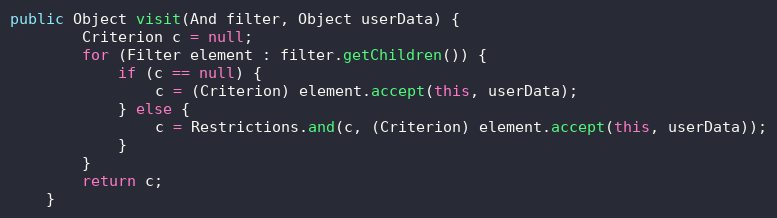
Language: Java
public Object visit(And filter, Object userData) {
		Criterion c = null;
		for (Filter element : filter.getChildren()) {
			if (c == null) {
				c = (Criterion) element.accept(this, userData);
			} else {
				c = Restrictions.and(c, (Criterion) element.accept(this, userData));
			}
		}
		return c;
	}